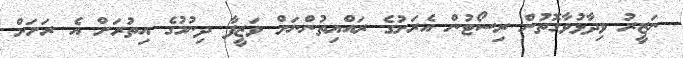
ނަޒީރު ވިދާޅުވާގޮތުން ރިސޯޓުން އެރަށުގެ ރައްޔިތުންނަށް ވަޒީފާ ދިނުމުގެ އިތުރަށް އެ ރަށަށް